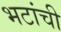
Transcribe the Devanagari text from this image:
भटांची